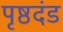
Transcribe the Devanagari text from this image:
पृष्ठदंड